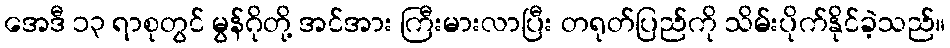
အေဒီ ၁၃ ရာစုတွင် မွန်ဂိုတို့ အင်အား ကြီးမားလာပြီး တရုတ်ပြည်ကို သိမ်းပိုက်နိုင်ခဲ့သည်။